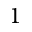
1